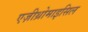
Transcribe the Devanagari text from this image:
एज़ीथ्रोमाइसिल